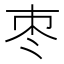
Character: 枣